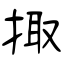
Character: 掫